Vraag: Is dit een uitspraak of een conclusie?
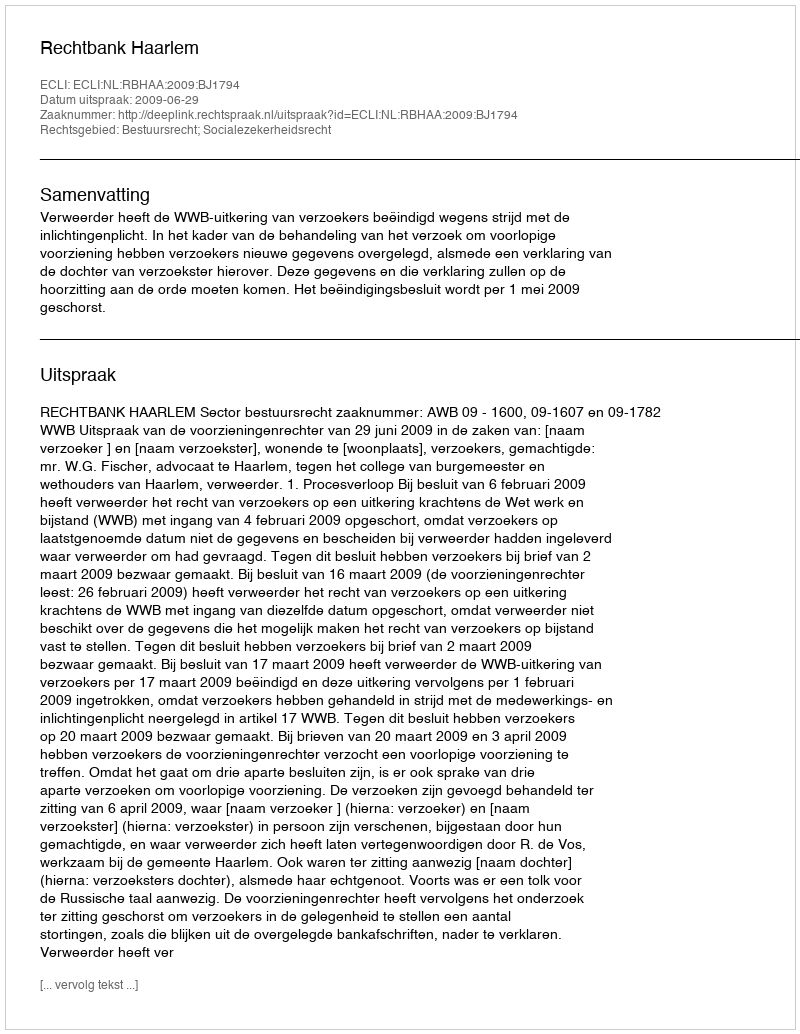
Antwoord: Uitspraak